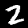
Digit: 2